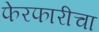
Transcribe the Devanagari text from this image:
फेरफारीचा